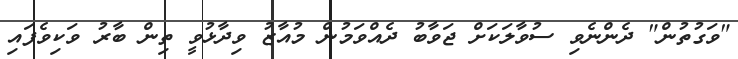
"ވަގުތުން" ދެންނެވި ސުވާލަކަށް ޖަވާބު ދެއްވަމުން މުއާޒު ވިދާޅުވީ ތިން ބާރު ވަކިވެފައި